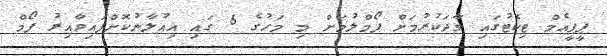
ޕީޕީއެމް ޓިކެޓުގައި ވާދަކުރުމަށް ފޯމްލުމަށް މި މަހުގެ 6 ގައި އިއުލާނުކޮށްފައިވާއިރު ފޯމް